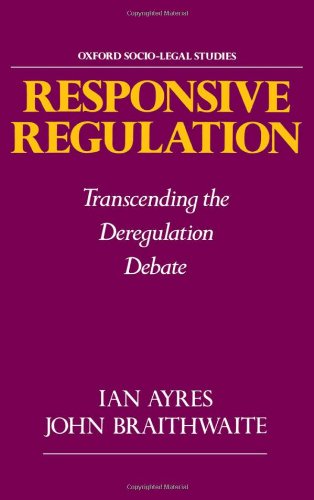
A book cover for Responsive Regulation: Transcending the Deregulation Debate (Oxford Socio-Legal Studies); Ian Ayres; Law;